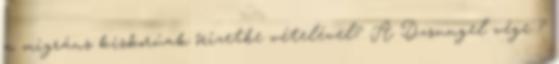
a migráns kiskorúak őrizetbe vételével? A Dzsungel vége ?